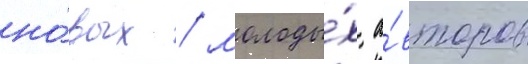
но́вых / молоды́х а́второв